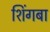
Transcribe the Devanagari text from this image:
शिंगबा